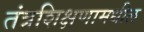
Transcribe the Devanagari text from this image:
तंत्रशिक्षणामधील